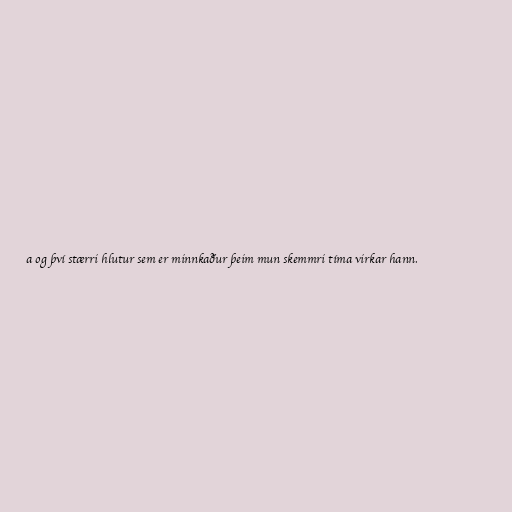
a og því stærri hlutur sem er minnkaður þeim mun skemmri tíma virkar hann.